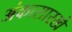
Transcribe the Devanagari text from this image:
अंकासारखे